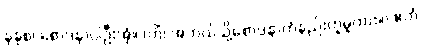
နနုစ၊ စောဒနာပါဦးအံ့။ (ကိံ၊ အဘယ်သို့စောဒနာကံနည်းဟူမူကား။) ဧတံ